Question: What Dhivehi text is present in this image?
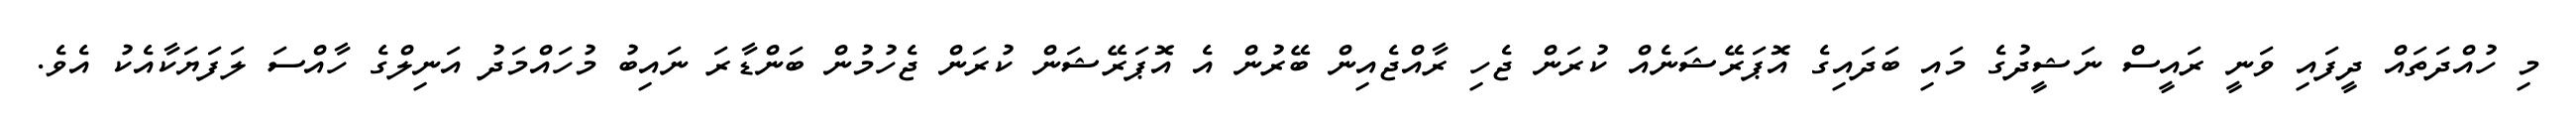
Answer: މި ހުއްދަތައް ދީފައި ވަނީ ރައީސް ނަޝީދުގެ މައި ބަދައިގެ އޮޕަރޭޝަނެއް ކުރަން ޖެހި ރާއްޖެއިން ބޭރުން އެ އޮޕަރޭޝަން ކުރަން ޖެހުމުން ބަންޑާރަ ނައިބު މުހައްމަދު އަނިލްގެ ހާއްސަ ލަފަޔަކާއެކު އެވެ.